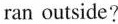
ran outside?